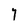
Character: Y